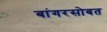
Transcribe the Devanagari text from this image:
बांगरसोबत